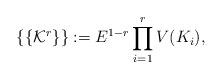
LaTeX: \begin{align*}\left \{ \left \{ \mathcal{K}^r\right \}\right \}:= E^{1-r} \prod_{i=1}^r V (K_i),\end{align*}